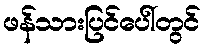
ဖန်သားပြင်ပေါ်တွင်